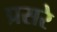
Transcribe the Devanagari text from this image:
प्रसरे